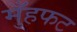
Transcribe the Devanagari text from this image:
मुँहफट